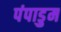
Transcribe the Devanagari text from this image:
पंपाडुम